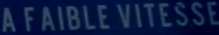
A FAIBLE VITESSE